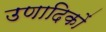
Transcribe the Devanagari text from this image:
उणादिकों